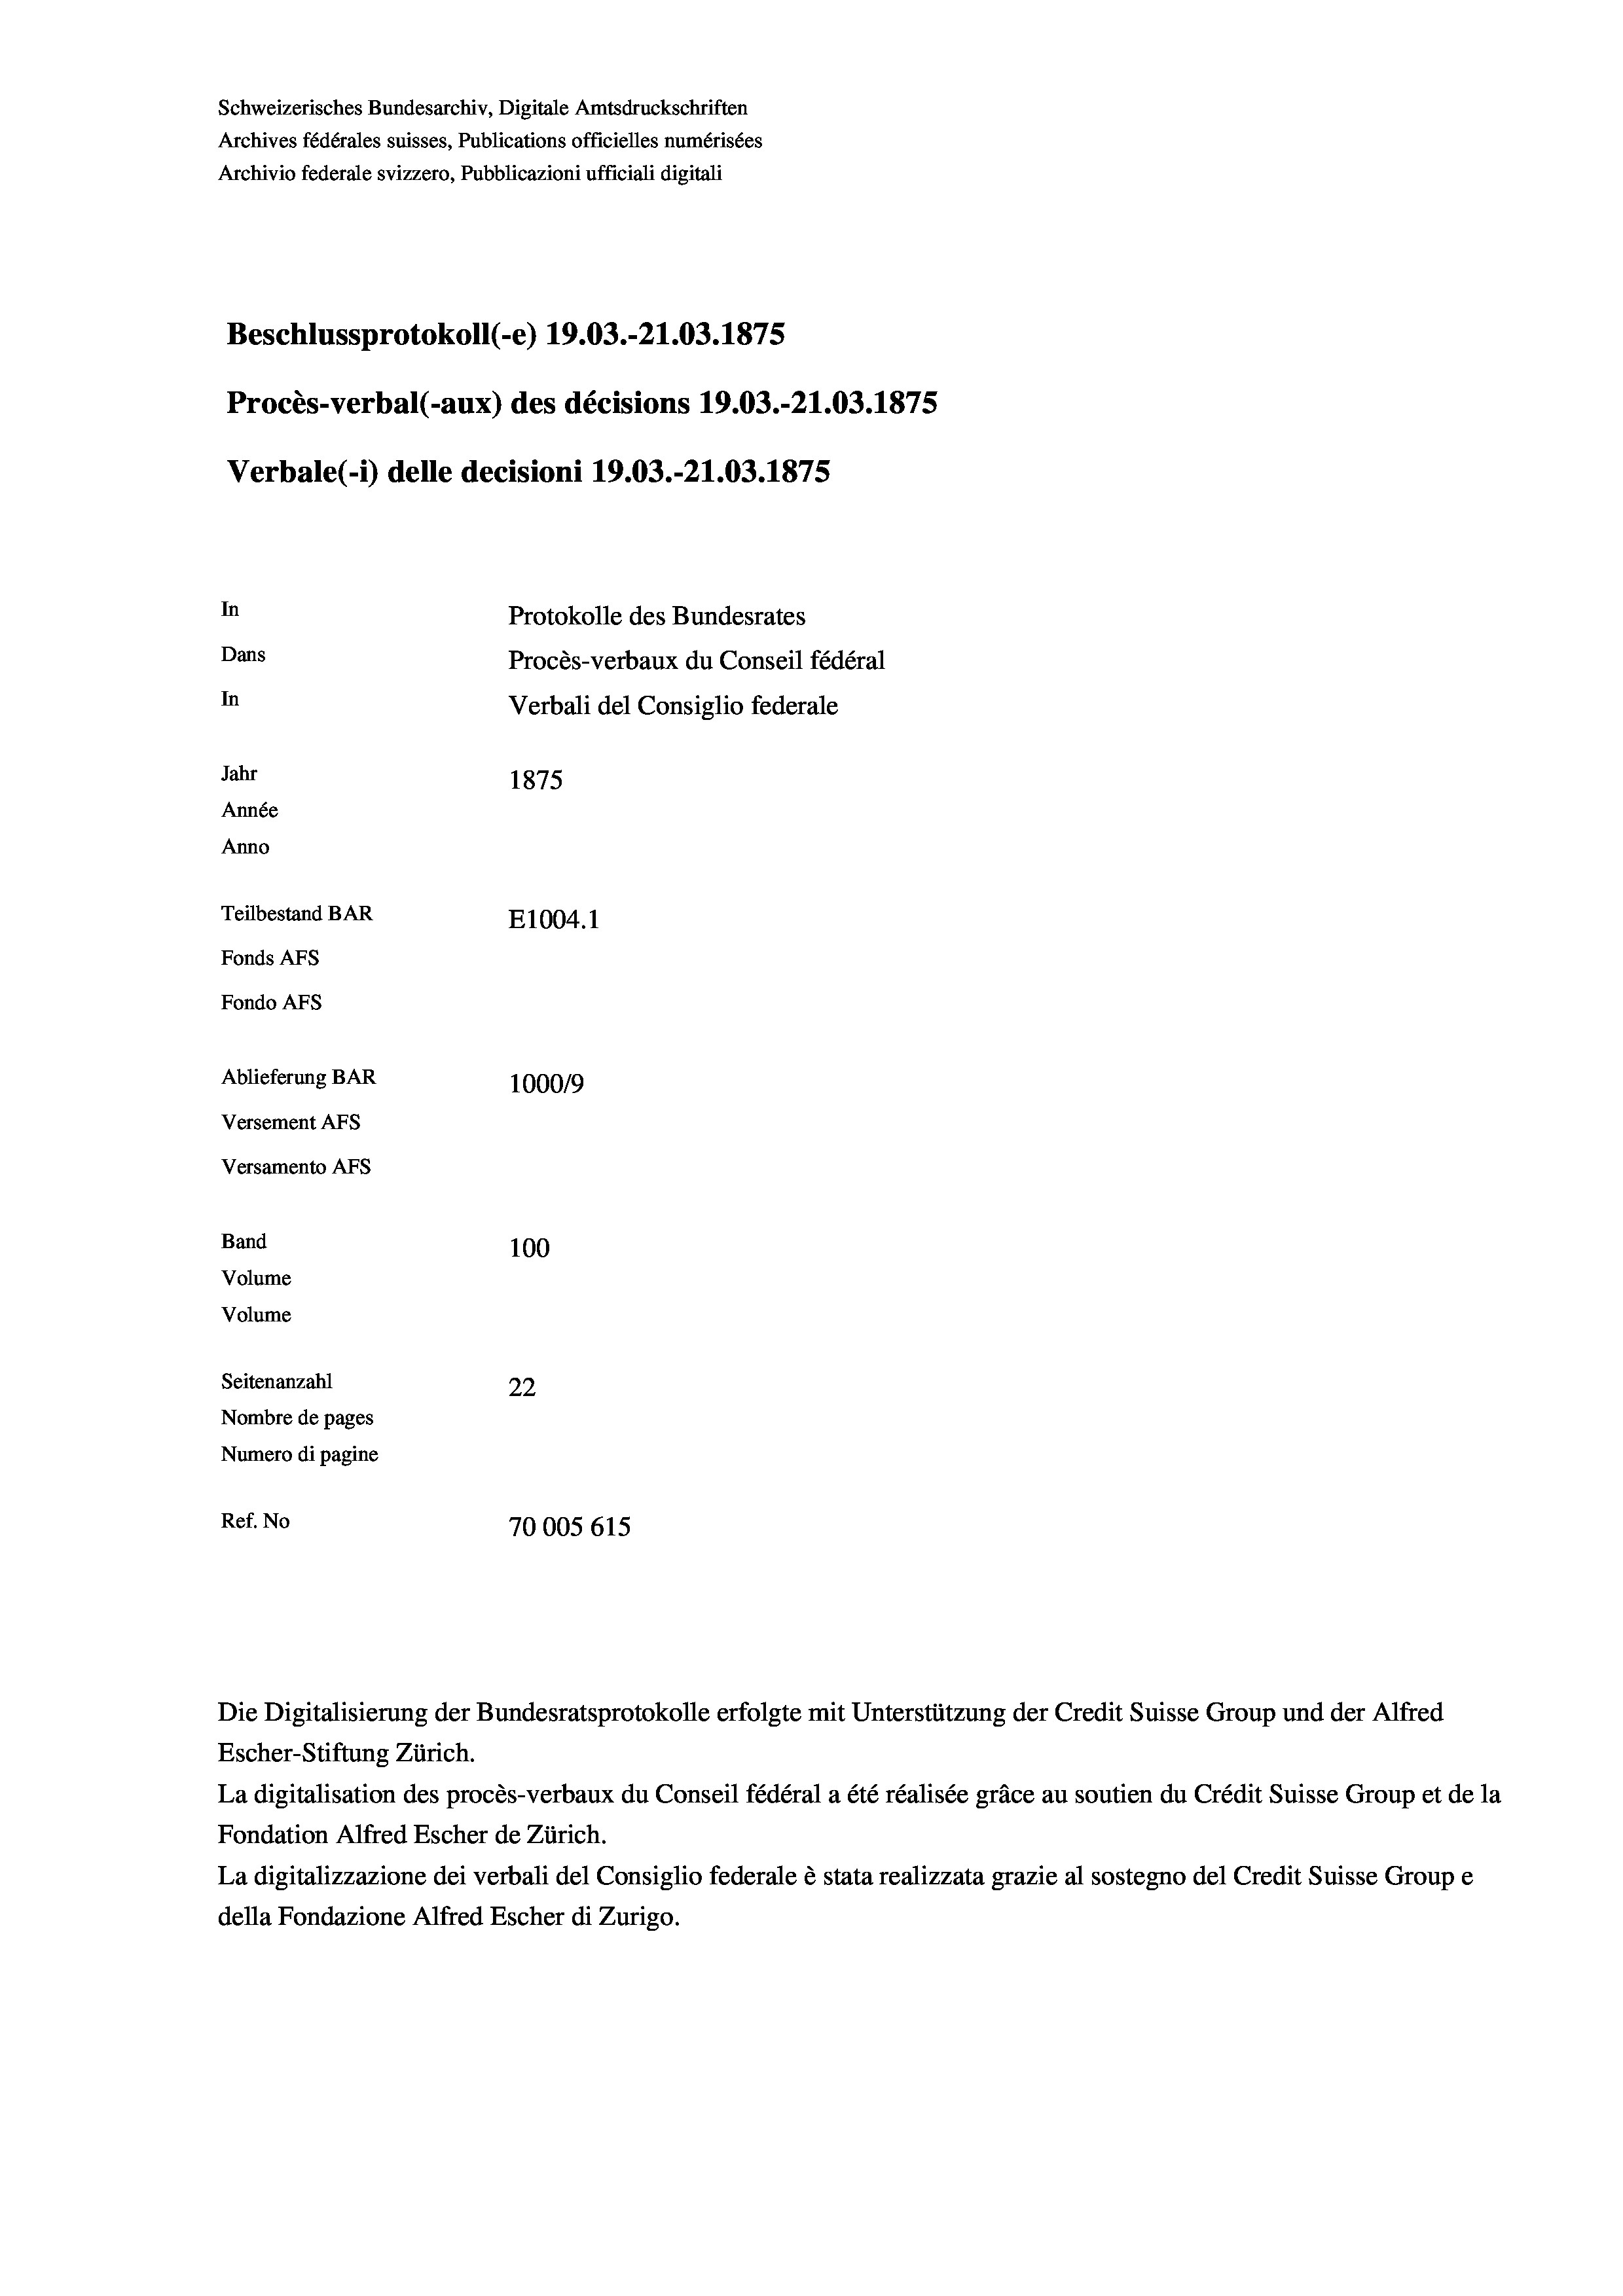
Schweizerisches Bundesarchiv, Digitale Amtsdruckschriften
Archives fédérales suisses, Publications officielles numérisées
Archivio federale svizzero, Pubblicazioni ufficiali digitali
Beschlussprotokoll (-e) 19.03.-21.03. 1875
Procès-verbal (-aux) des décisions 19.03.-21.03. 1875
Verbale(*) delle decisioni 19.03.-21.03. 1875
In
Protokolle des Bundesrates
Dans
Procès-verbaux du Conseil fédéral
In
Verbali del Consiglio federale
Jahr
1875
Année
Anno
Teilbestand BAR
E1004. 1
Fonds AFs
Fondo AFS
Ablieferung BAR
100019
Versement AFs

Versamento Afs

Band

100
Seitenanzahl
22
Nombre de pages
Numero di pagine
Ref. No
70005 615

Volume
Volume

Die Digitalisierung der Bundesratsprotokolle erfolgte mit Unterstützung der Credit Suisse Group und der Alfred
Escher-Stiftung Zürich.
La digitalisation des procès-verbaux du Conseil fédéral a été réalisée gräce au soutien du Crédit Suisse Group et de la
Fondation Alfred Escher de Zürich.
La digitalizzazione dei verbali del Consiglio federale è stata realizzata grazie al sostegno del Credit Suisse Groupe
della Fondazione Alfred Escher di Zurigo.